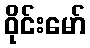
ဝိုင်းမော်